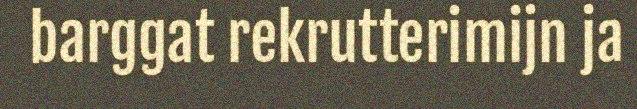
barggat rekrutterimijn ja